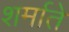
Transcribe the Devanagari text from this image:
शर्माते